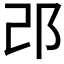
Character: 邔